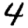
Digit: 4